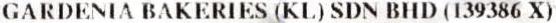
GARDENIA BAKERIES (KL) SDN BHD (139386 X)